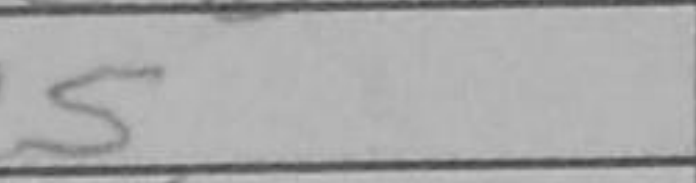
Transcription: c5